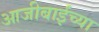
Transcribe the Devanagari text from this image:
आजीबाईंच्या